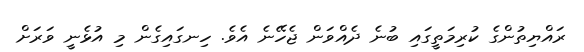
ރައްޔިތުންގެ ކުރިމަތީގައި ބުނެ ދެއްވަން ޖެހޭނެ އެވެ. ހިނގައިގެން މި އުޅެނީ ވަރަށް